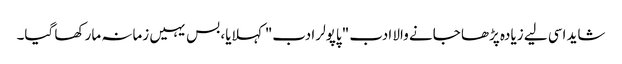
شاید اسی لیے زیادہ پڑھا جانے والا ادب "پاپولر ادب" کہلایا، بس یہیں زمانہ مار کھا گیا۔